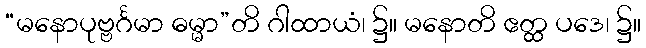
“မနောပုဗ္ဗင်္ဂမာ ဓမ္မာ”တိ ဂါထာယံ၊ ၌။ မနောတိ ဧတ္ထ ပဒေ၊ ၌။